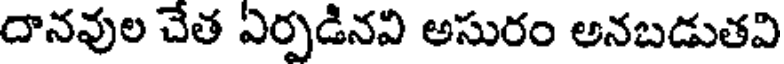
దానవుల చేత ఏర్పడినవి అసురం అనబడుతవి